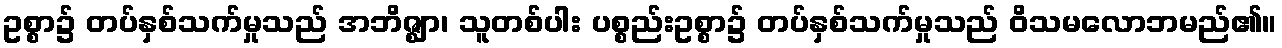
ဥစ္စာ၌ တပ်နှစ်သက်မှုသည် အဘိဇ္ဈာ၊ သူတစ်ပါး ပစ္စည်းဥစ္စာ၌ တပ်နှစ်သက်မှုသည် ဝိသမလောဘမည်၏။